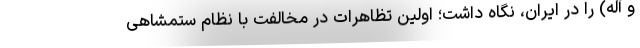
و آله) را در ایران، نگاه داشت؛ اولین تظاهرات در مخالفت با نظام ستمشاهی